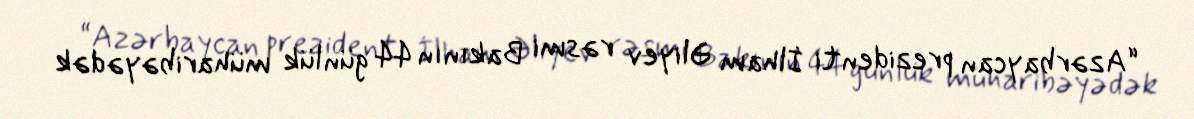
“Azərbaycan prezidenti İlham Əliyev rəsmi Bakının 44 günlük müharibəyədək